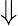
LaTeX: \Downarrow